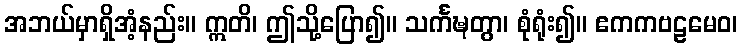
အဘယ်မှာရှိအံ့နည်း။ ဣတိ၊ ဤသို့ပြော၍။ သင်္ကဍ္ဎတွာ၊ စုံရုံး၍။ ဧကကဗဠမေဝ၊